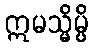
ဣမသ္မိမ္ပိ